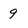
Character: 9